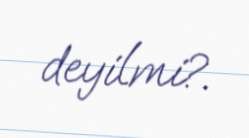
deyilmi?.